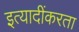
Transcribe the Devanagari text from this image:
इत्यादींकरता